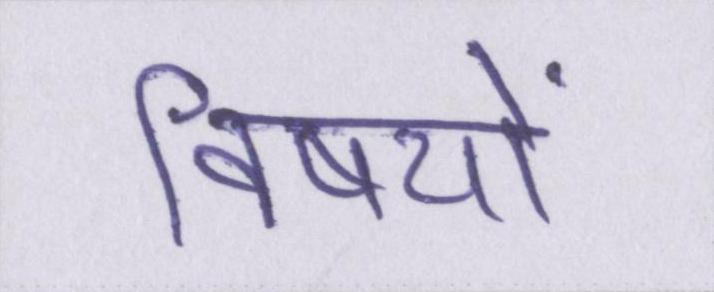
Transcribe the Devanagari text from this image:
विषयों